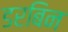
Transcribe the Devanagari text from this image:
डरबिन